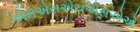
એમએસએચએસએએ